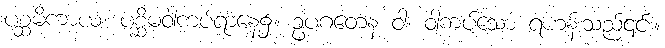
ပစ္ဆမိကာယ၊ ပစ္ဆိမဝါကပ်ရာနေ့၌။ ဥပဂတေန ဝါ၊ ဝါကပ်သော ရဟန်းသည်၎င်း။